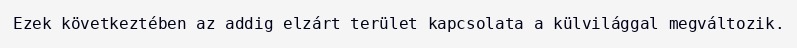
Ezek következtében az addig elzárt terület kapcsolata a külvilággal megváltozik.